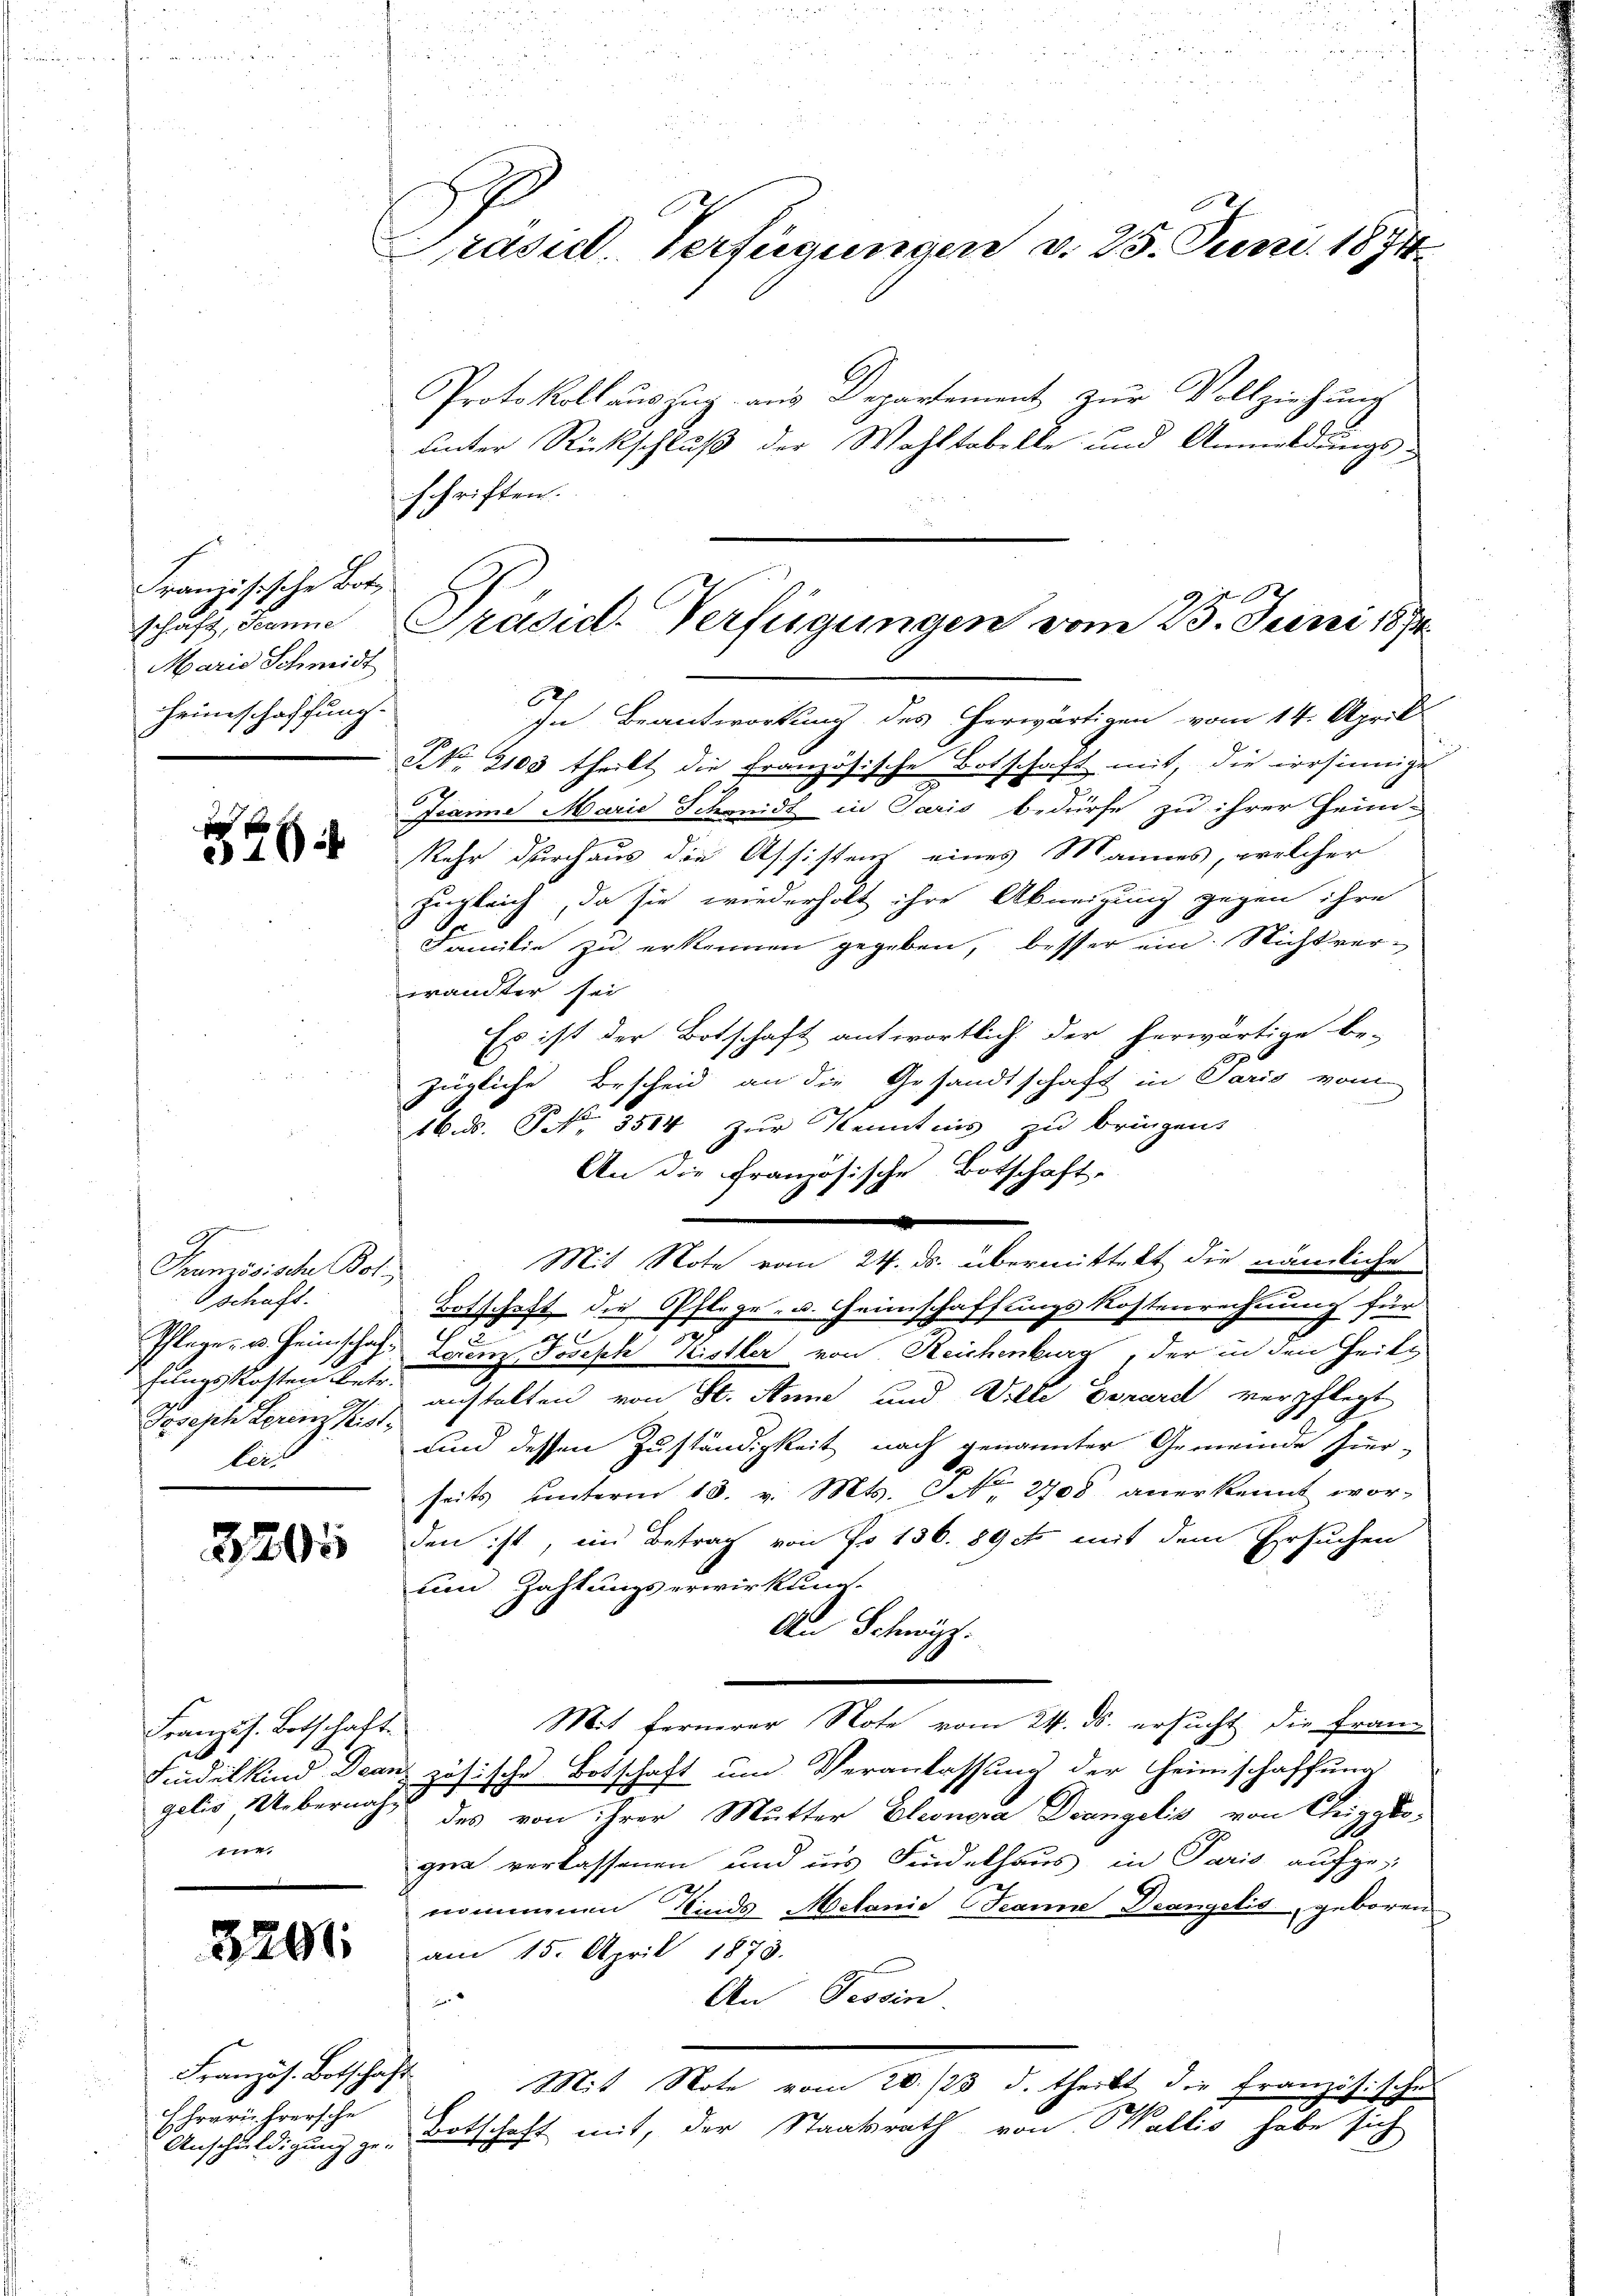
Französische Bot
schaft, Jeanne
Marie Schmidt
Heimschaffung.

e
26

g
Französische Bot.
schaft.
Pflage u. Heimschaffungskosten betr.
Joseph Serenz Kist
lert

3295

Französ. Botschaft.
Sindelkind Dran
gelis Uebernah
me.

3201

Französ. Botschaf
Ehreriehrersche
Anschuldigung ge-

Prasil. Verfügungen v. 25. Juni 1874

Protokoll auszug aus Departement zur Vollziehung
unter Rückschluß der Wohltobelle und Anmeldungs-
schriften.
In Beantwortung des herwärtigen vom 14. April.
NNo. 2103 theilt die französische Botschaft mit, die irrsinnige
Jeanne Marie Schmidt in Paris bedürfe zu ihrer Heim-
kehr durchaus die Assistenz eines Mannes, welcher
zugleich, da sie wiederholt ihre Abneigung gegen ihre
Familie zu erkennen gegeben, besser ein Nicht verwandter sei
Es ist der Botschaft antwortlich der herwärtige be-
zügliche Bescheid an die Gesandtschaft in Paris vom
16. ds. S. 3514 zur Kenntnis zu bringen
An die Französische Botschaft-
e
Mit Note vom 24. ds. übermittelt die nämliche
Botschaft die Pflege- u. Heimschaffungs Kostenrechnung für
Lorenz Joseph Kistler von Reichenburg, der in den Zeit
anstalten von St. Anne und Ville bonard verpflegt
und dessen Zuständigkeit nach genannter Gemeinde hier-
seits unterm 13. v. Mts. No 2708 anerkennt wor-
den ist, im Betrag von No 136. 89 cto mit dem Ersuchen
um Zahlungserwirkung.
An Schweiz.
Mit fernerer Note vom 24. ds. ersucht die Franz
& zösische Botschaft um Veranlassung der Heimschaffung
des von ihrer Mutter Eleonora Drangelis von Cheggbo-
gia verlassenen und ins Findelhaus in Paris aufgenommenen Kinde Melanie, Jeanne Drangelis geboren
am 15. April 1873.
An Tessin.
2
.
Mit Note vom 20./23. d. theilt die französische
Botschaft mit, der Staatsrath von Wallis habe sich

Präsid. Verfügungen vom 25. Juni 1874.